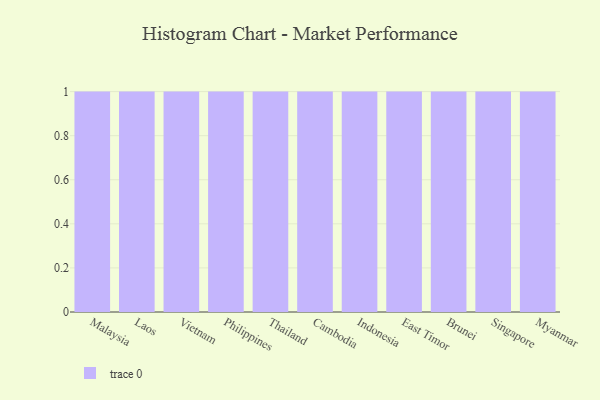
{"axis": {"x": "Country", "y": "Population (Million)"}, "legend": [""], "data": [{"x": "Malaysia", "y": 52, "type": ""}, {"x": "Laos", "y": 65, "type": ""}, {"x": "Vietnam", "y": 80, "type": ""}, {"x": "Philippines", "y": 18, "type": ""}, {"x": "Thailand", "y": 34, "type": ""}, {"x": "Cambodia", "y": 77, "type": ""}, {"x": "Indonesia", "y": 16, "type": ""}, {"x": "East Timor", "y": 4, "type": ""}, {"x": "Brunei", "y": 42, "type": ""}, {"x": "Singapore", "y": 36, "type": ""}, {"x": "Myanmar", "y": 88, "type": ""}]}